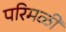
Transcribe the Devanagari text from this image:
परिमळी